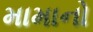
મામાનો